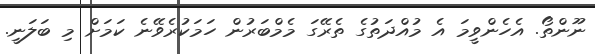
ނޫންތޯ. އެހެންވީމަ އެ މުއްދަތުގެ ތެރޭގަ މެމްބަރުން ހަމަކުރެވޭނެ ކަމަށް މި ބަލަނީ.